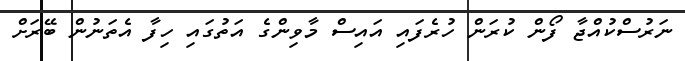
ނަރުސްކުއްޖާ ފޯން ކުރަން ހުރެފައި އައިސް މާވިންގެ އަތުގައި ހިފާ އެތަނުން ބޭރަށް